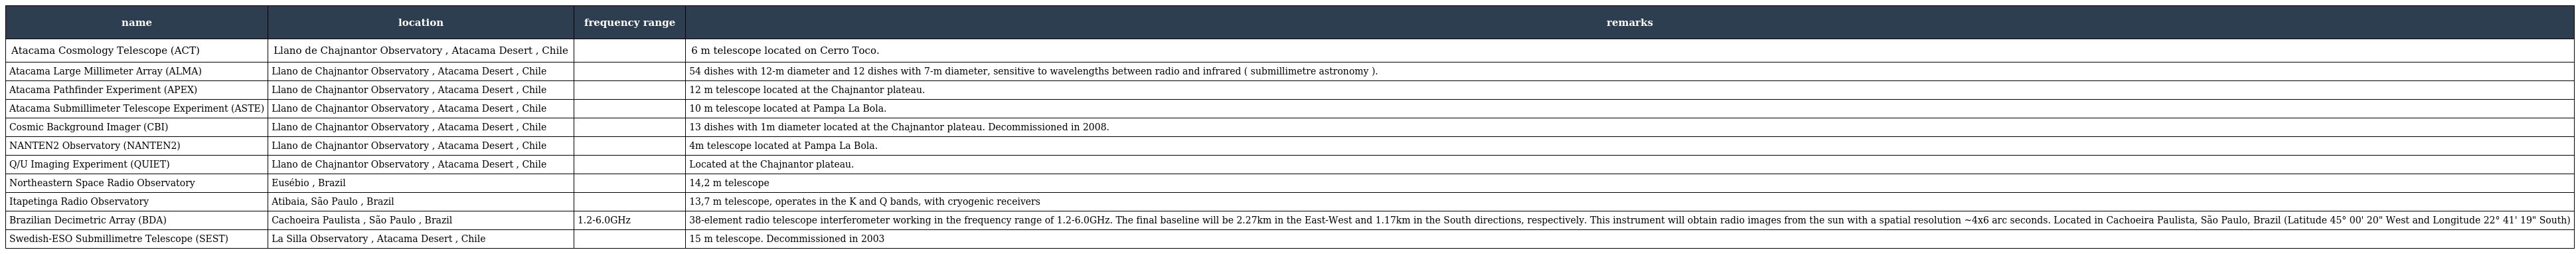
| name | location | frequency range | remarks |
 | --- | --- | --- | --- |
 | Atacama Cosmology Telescope (ACT) | Llano de Chajnantor Observatory , Atacama Desert , Chile |  | 6 m telescope located on Cerro Toco. |
 | Atacama Large Millimeter Array (ALMA) | Llano de Chajnantor Observatory , Atacama Desert , Chile |  | 54 dishes with 12-m diameter and 12 dishes with 7-m diameter, sensitive to wavelengths between radio and infrared ( submillimetre astronomy ). |
 | Atacama Pathfinder Experiment (APEX) | Llano de Chajnantor Observatory , Atacama Desert , Chile |  | 12 m telescope located at the Chajnantor plateau. |
 | Atacama Submillimeter Telescope Experiment (ASTE) | Llano de Chajnantor Observatory , Atacama Desert , Chile |  | 10 m telescope located at Pampa La Bola. |
 | Cosmic Background Imager (CBI) | Llano de Chajnantor Observatory , Atacama Desert , Chile |  | 13 dishes with 1m diameter located at the Chajnantor plateau. Decommissioned in 2008. |
 | NANTEN2 Observatory (NANTEN2) | Llano de Chajnantor Observatory , Atacama Desert , Chile |  | 4m telescope located at Pampa La Bola. |
 | Q/U Imaging Experiment (QUIET) | Llano de Chajnantor Observatory , Atacama Desert , Chile |  | Located at the Chajnantor plateau. |
 | Northeastern Space Radio Observatory | Eusébio , Brazil |  | 14,2 m telescope |
 | Itapetinga Radio Observatory | Atibaia, São Paulo , Brazil |  | 13,7 m telescope, operates in the K and Q bands, with cryogenic receivers |
 | Brazilian Decimetric Array (BDA) | Cachoeira Paulista , São Paulo , Brazil | 1.2-6.0GHz | 38-element radio telescope interferometer working in the frequency range of 1.2-6.0GHz. The final baseline will be 2.27km in the East-West and 1.17km in the South directions, respectively. This instrument will obtain radio images from the sun with a spatial resolution ~4x6 arc seconds. Located in Cachoeira Paulista, São Paulo, Brazil (Latitude 45° 00' 20" West and Longitude 22° 41' 19" South) |
 | Swedish-ESO Submillimetre Telescope (SEST) | La Silla Observatory , Atacama Desert , Chile |  | 15 m telescope. Decommissioned in 2003 |